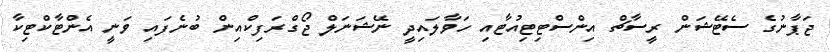
ޖަޕާނުގެ ސެޓޭޝަން ރީސާޗް އިންސްޓިޓިއުޓާއި ހަވާލައިދީ ނޭޝަނަލް ޖޯގްރަފިކްއިން ބުނެފައި ވަނީ އެންޓާކްޓިކާ